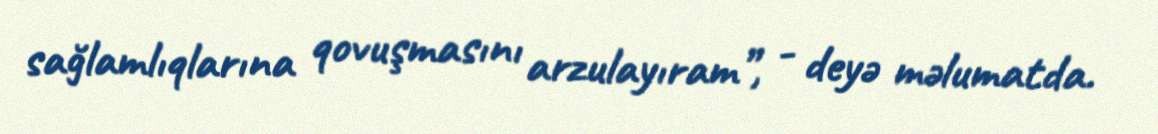
sağlamlıqlarına qovuşmasını arzulayıram”, - deyə məlumatda.